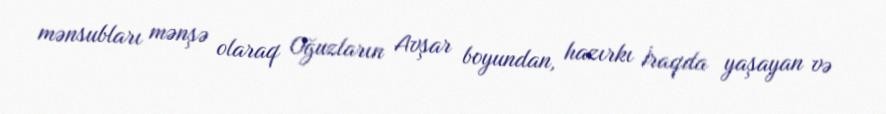
mənsubları mənşə olaraq Oğuzların Avşar boyundan, hazırkı İraqda yaşayan və